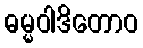
ဓမ္မဝါဒိတောဝ